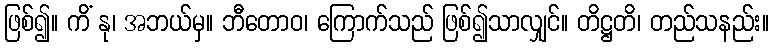
ဖြစ်၍။ ကိံ နု၊ အဘယ်မှ။ ဘီတောဝ၊ ကြောက်သည် ဖြစ်၍သာလျှင်။ တိဋ္ဌတိ၊ တည်သနည်း။